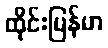
ထိုင်းမြန်မာ